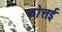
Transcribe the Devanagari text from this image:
कोत्तई